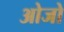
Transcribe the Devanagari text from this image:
ओजो